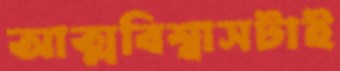
আত্মবিশ্বাসটাই